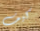
كيف